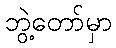
ဘွဲ့တော်မှာ